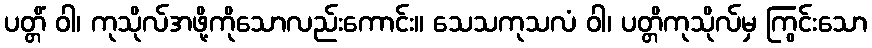
ပတ္တိံ ဝါ၊ ကုသိုလ်အဖို့ကိုသောလည်းကောင်း။ သေသကုသလံ ဝါ၊ ပတ္တိကုသိုလ်မှ ကြွင်းသော